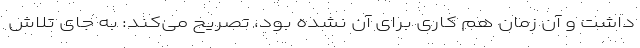
داشت و آن زمان هم کاری برای آن نشده بود، تصریح می‌کند: به‌ جای تلاش